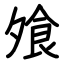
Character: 飧